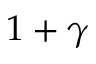
1 + \gamma